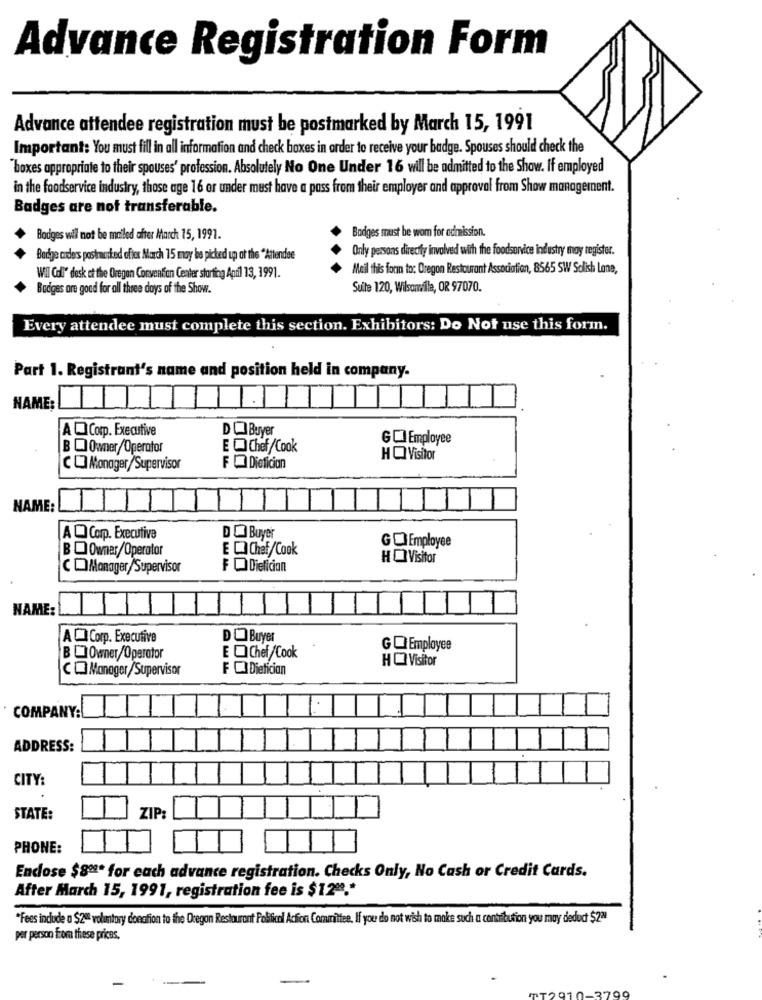
Advance Registration Form
Advance attendee registration must be postmarked by March 15, 1991
Important: You must fill in all information and check boxes in order to receive your badge. Spouses should check the
"boxes appropriate to their spouses' profession. Absolutely No One Under 16 will be admitted to the Show. If employed
in the foodservice industry, those age 16 or under must have a pass from their employer and approval from Show management.
Badges are not transferable.
Badges wil not be mailed after March 15, 1991.
Badges must be wom for admission.
Only persons directly involved with the foodservice industry may registor.
Badge coders postmarked oftex March 15 may be picked up at the "Attendee
Mail this form to: Oregon Restaurant Association, 8565 SW Solish Lone,
WIl Col" desk at the Oregon Convention Center storting April 13, 1991.
Badges are good for all three days of the Show.
Suite 120, Wilsonvile, OR 97070.
Every attendee must complete this section. Exhibitors: Do Not use this form.
Part 1. Registrant's name and position held in company.
NAME:
AO Corp. Executive
DO Buyer
GC Employee
BO Owner/Operator
E @ Chef/Cook
HQ Visitor
COMonager/Supervisor
F Dietician
NAME:
AO Corp. Executive
DO Buyer
BQ Owner/Operator
E . Chef/Cook
GO Employee
HO Visitor
COManager/Supervisor
F QDietician
NAME:
AQ Corp. Executive
DO Buyer
GO Employee
EQChef/Cook
HO Visitor
COManager/Supervisor
F CIDietician
COMPANY:
ADDRESS:
CITY:
.
STATE:
ZIP:
PHONE:
Endose $82ª for each advance registration. Checks Only, No Cash or Credit Cards.
After March 15, 1991, registration fee is $12º .*
"Fees indude a $2ª voluntary donation to the Oregon Restaurant Political Action Committee. If you do not wish to make such a contribution you muy deduct $2ª
per person from these prices.